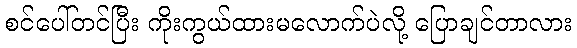
စင်ပေါ်တင်ပြီး ကိုးကွယ်ထားမလောက်ပဲလို့ ပြောချင်တာလား